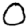
Digit: 0